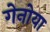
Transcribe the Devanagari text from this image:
गेनोया